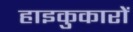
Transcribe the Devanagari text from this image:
हाइकुकारों